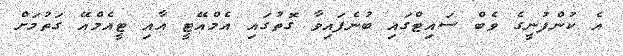
އެ ކުންފުނީގެ ވެބް ސައިޓްގައި ބުނެފައިވާ ގޮތުގައި އެމްއޭޓީ އާއި ޓީއެމްއޭ ގަތުމަށް